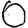
Digit: 0